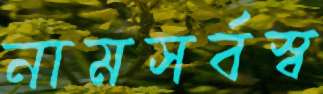
নামসর্বস্ব